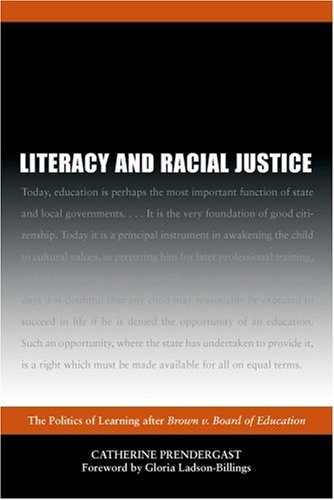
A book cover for Literacy and Racial Justice: The Politics of Learning after Brown v. Board of Education; Catherine Jean Prendergast; Law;